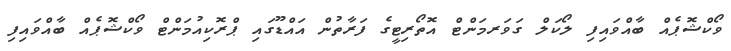
ވޯކްޝޮޕެއް ބާއްވައިފި ލޯކަލް ގަވަރމަންޓް އޮތޯރިޓީގެ ފަރާތުން އައްޑޫގައި ޕްރޮކިއުމަންޓް ވޯކްޝޮޕެއް ބާއްވައިފި